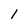
Character: 1